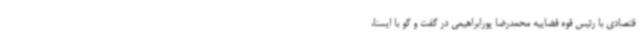
قتصادی با رئیس قوه قضاییه محمدرضا پورابراهیمی در گفت و گو با ایسنا،